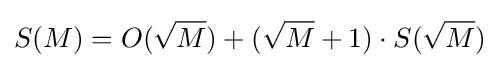
S(M)=O({\sqrt {M}})+({\sqrt {M}}+1)\cdot S({\sqrt {M}})